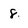
Character: 8